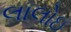
લાલોઇ